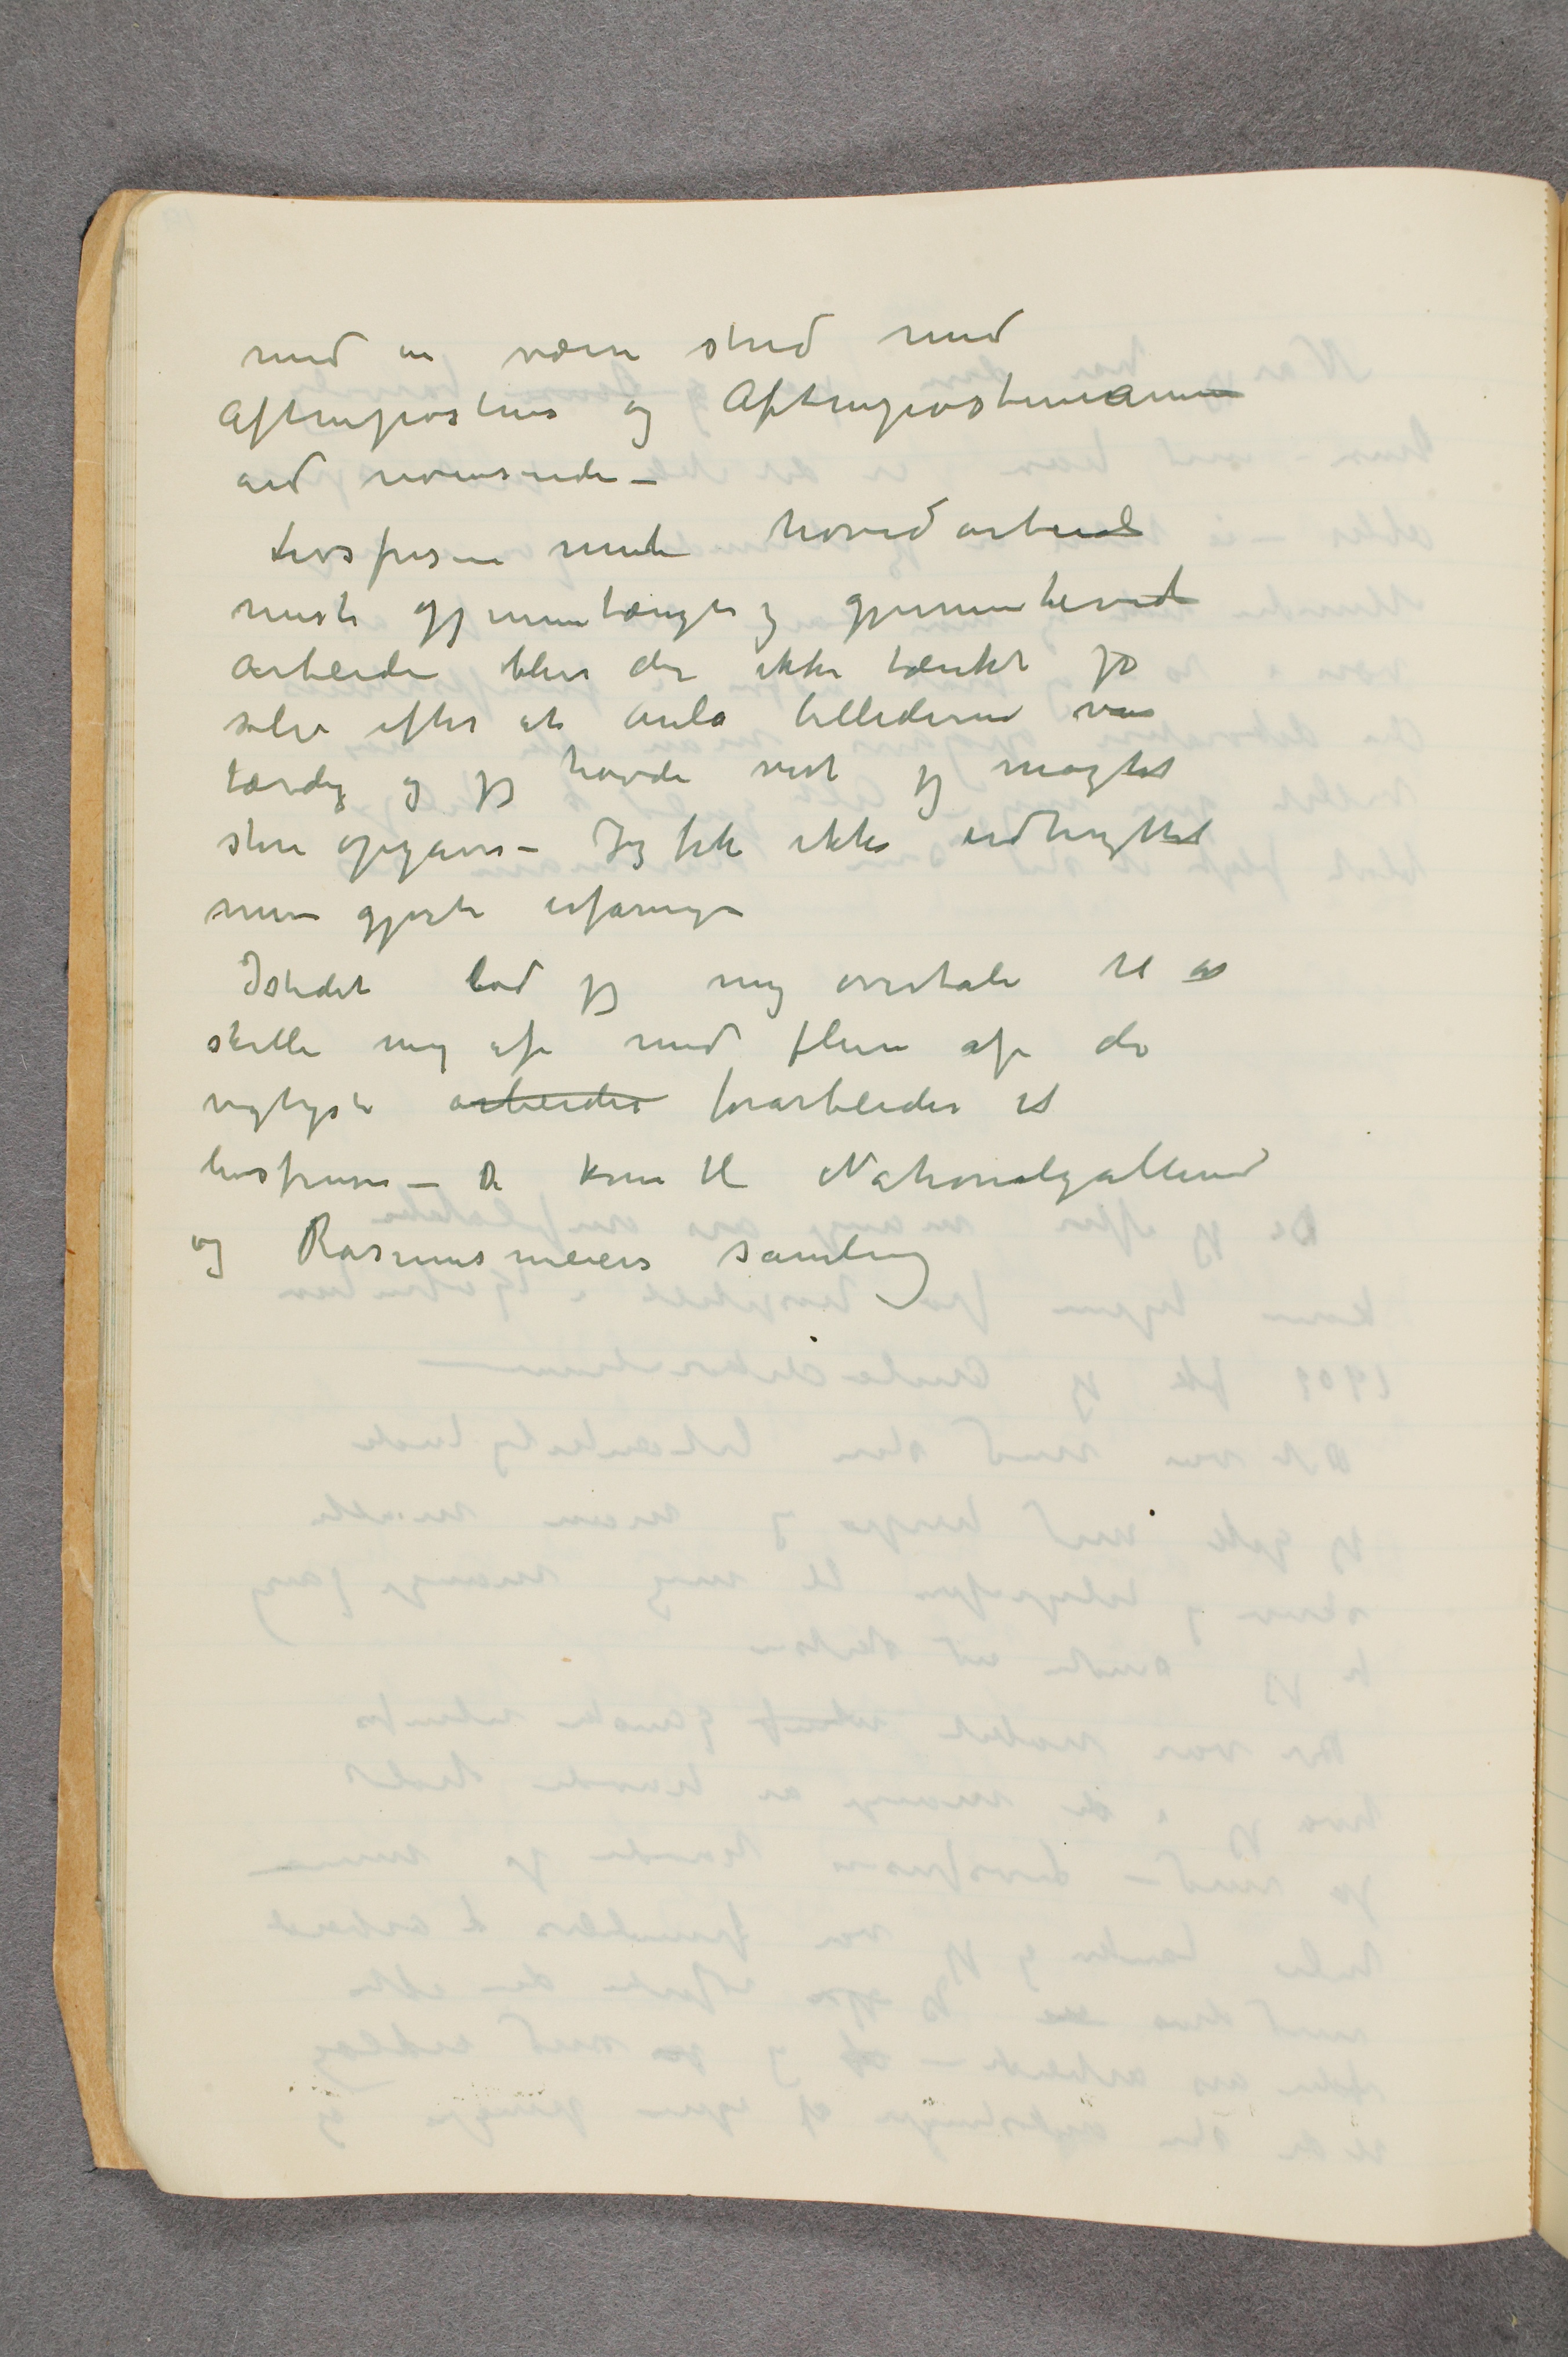
med en værre strid med
Aftenposten og Aftenpostenianere
end noensinde –
Livsfrisen mit hovedarbeid
mest gjennemtængte og gjennemlevede
arbeide blir der ikke tænkt på
selv efter at Aula billederne var
færdig og jeg havde vist jeg manglet
store opgaver – Jeg fik ikke udtrykket
mine gjorte erfaringer
Istedet lod jeg mig overtale til at
skille mig af med flere af de
vigtigste arbeider forarbeider til
livsfrisen – De kom til Nationalgalleriet
og Rasmus meiers samling